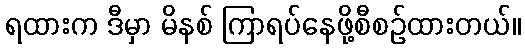
ရထားက ဒီမှာ မိနစ် ကြာရပ်နေဖို့စီစဉ်ထားတယ်။